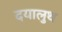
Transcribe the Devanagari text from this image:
दयालुथ